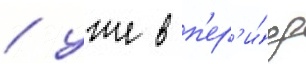
/ уже в п'ер'и́од